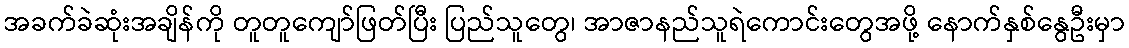
အခက်ခဲဆုံးအချိန်ကို တူတူကျော်ဖြတ်ပြီး ပြည်သူတွေ၊ အာဇာနည်သူရဲကောင်းတွေအဖို့ နောက်နှစ်နွေဦးမှာ